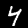
Digit: 4